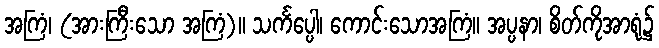
အကြံ၊ (အားကြီးသော အကြံ)။ သင်္ကပ္ပေါ၊ ကောင်းသောအကြံ။ အပ္ပနာ၊ စိတ်ကိုအာရုံ၌